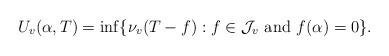
LaTeX: \begin{align*} U_v(\alpha,T) = \inf\{\nu_v(T-f): f\in\mathcal J_v\ \mathrm{and}\ f(\alpha) = 0\}.\end{align*}